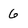
Character: 6